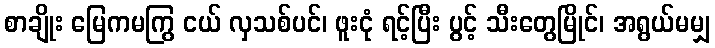
စာချိုး မြေကမကြွ ငယ် လှသစ်ပင်၊ ဖူးငုံ ရင့်ပြီး ပွင့် သီးတွေမြိုင်၊ အရွယ်မမျှ